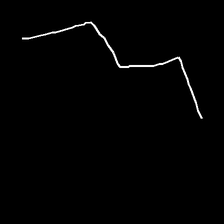
Glyph: crush